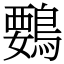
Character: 䳩